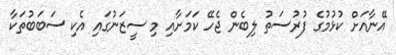
އޭނާއަށް ކުޅުމުގެ ފުރުސަތު ލިބެން ޖެހޭ ކަމަށާއި މި ސީޒަނުގައި އެކި ސަބަބުތަކާ